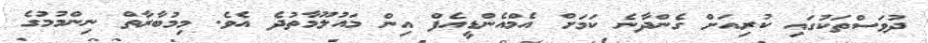
ދުވަސްތަކުގައި ކުރިއަށް ގެންދާނެ ކަމަށް އެމްއެންޑީއެފް އިން މައުލޫމާތުދެ އެވެ. މިމުބާރާތް ނިންމުމުގެ